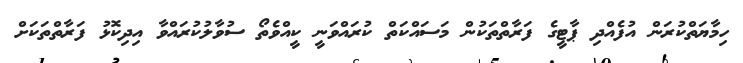
ހިމާޔަތްކުރަން އުފެއްދި ޕާޓީގެ ފަރާތްތަކުން މަސައްކަތް ކުރައްވަނީ ކީއްވެތޯ ސުވާލުކުރައްވާ އިދިކޮޅު ފަރާތްތަކަށް